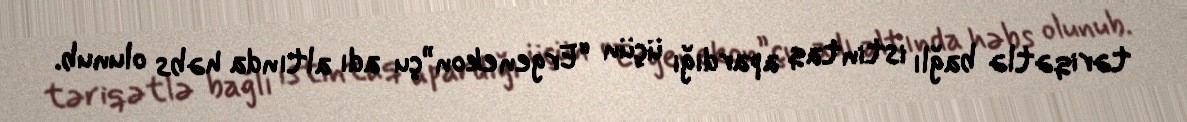
təriqətlə bağlı istintaq apardığı üçün “Ergenekon”çu adı altında həbs olunub.